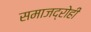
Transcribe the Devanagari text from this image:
समाजद्रोही